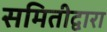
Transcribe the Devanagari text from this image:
समितीद्वारा